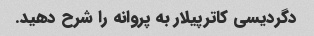
دگردیسی کاترپیلار به پروانه را شرح دهید.